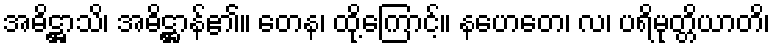
အဓိဋ္ဌာသိ၊ အဓိဋ္ဌာန်၏။ တေန၊ ထို့ကြောင့်။ နဟေတေ၊ လ၊ ပရိမုတ္တိယာတိ၊